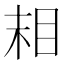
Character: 𬑉